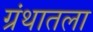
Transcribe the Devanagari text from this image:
ग्रंथातला